Civil Veterinary Dept. North-West Frontier Province 1901-22 - 1901-1922
Year: 1901
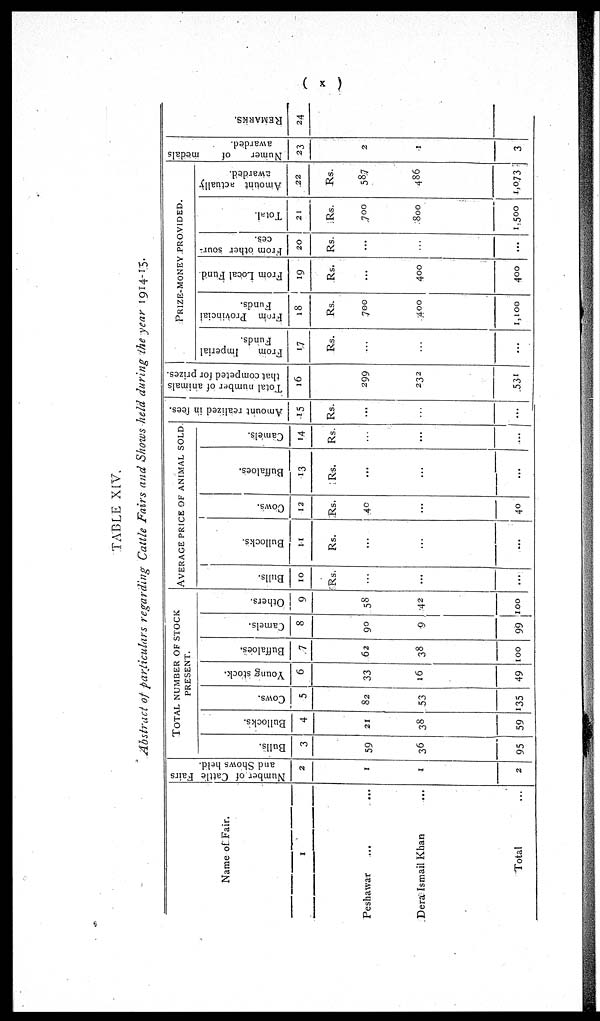
(x)
TABLE XIV.
Abstract of particulars regarding Cattle Fairs and Shows held during the year 1914-15.
Name of Fair.
1
Peshawar … …
Dera Ismail Khan ...
Total …
Number of Cattle Fairs
and Shows held.
2
1
1
2
TOTAL NUMBER OF STOCK
PRESENT.
Bulls.
3
59
36
95
Bullocks.
4
21
38
59
Cows.
5
82
53
135
Young stock.
6
33
16
49
Buffaloes.
7
62
38
100
Camels.
8
90
9
99
Others.
9
58
42
100
AVERAGE PRICE OF ANIMAL SOLD
Bulls.
10
Rs.
...
...
...
Bullocks.
11
Rs.
...
...
...
Cows.
12
Rs.
40
...
40
Buffaloes.
13
Rs.
...
…
…
Camels.
14
Rs.
...
...
Amount realized in fees.
15
Rs.
...
…
...
Total number of animals
that competed for prizes.
16
299
232
531
PRIZE-MONEY PROVIDED.
From
Imperial
Funds.
17
Rs.
…
...
From Provincial
Funds.
18
Rs.
700
400
1,100
From Local Fund.
19
Rs.
...
400
400
From other sour-
ces.
20
Rs.
...
…
...
Total.
21
Rs.
700
800
1,500
Amount actually
awarded.
22
Rs.
587
486
1,073
Number of
medals
awarded.
23
2
1
3
REMARKS.
24